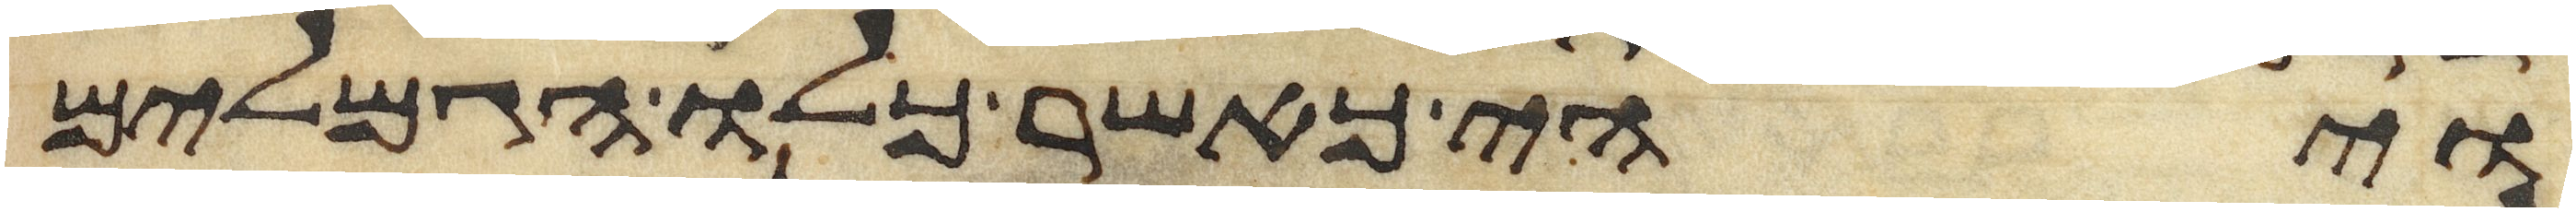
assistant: ויהי כאשר כלו הגמלים